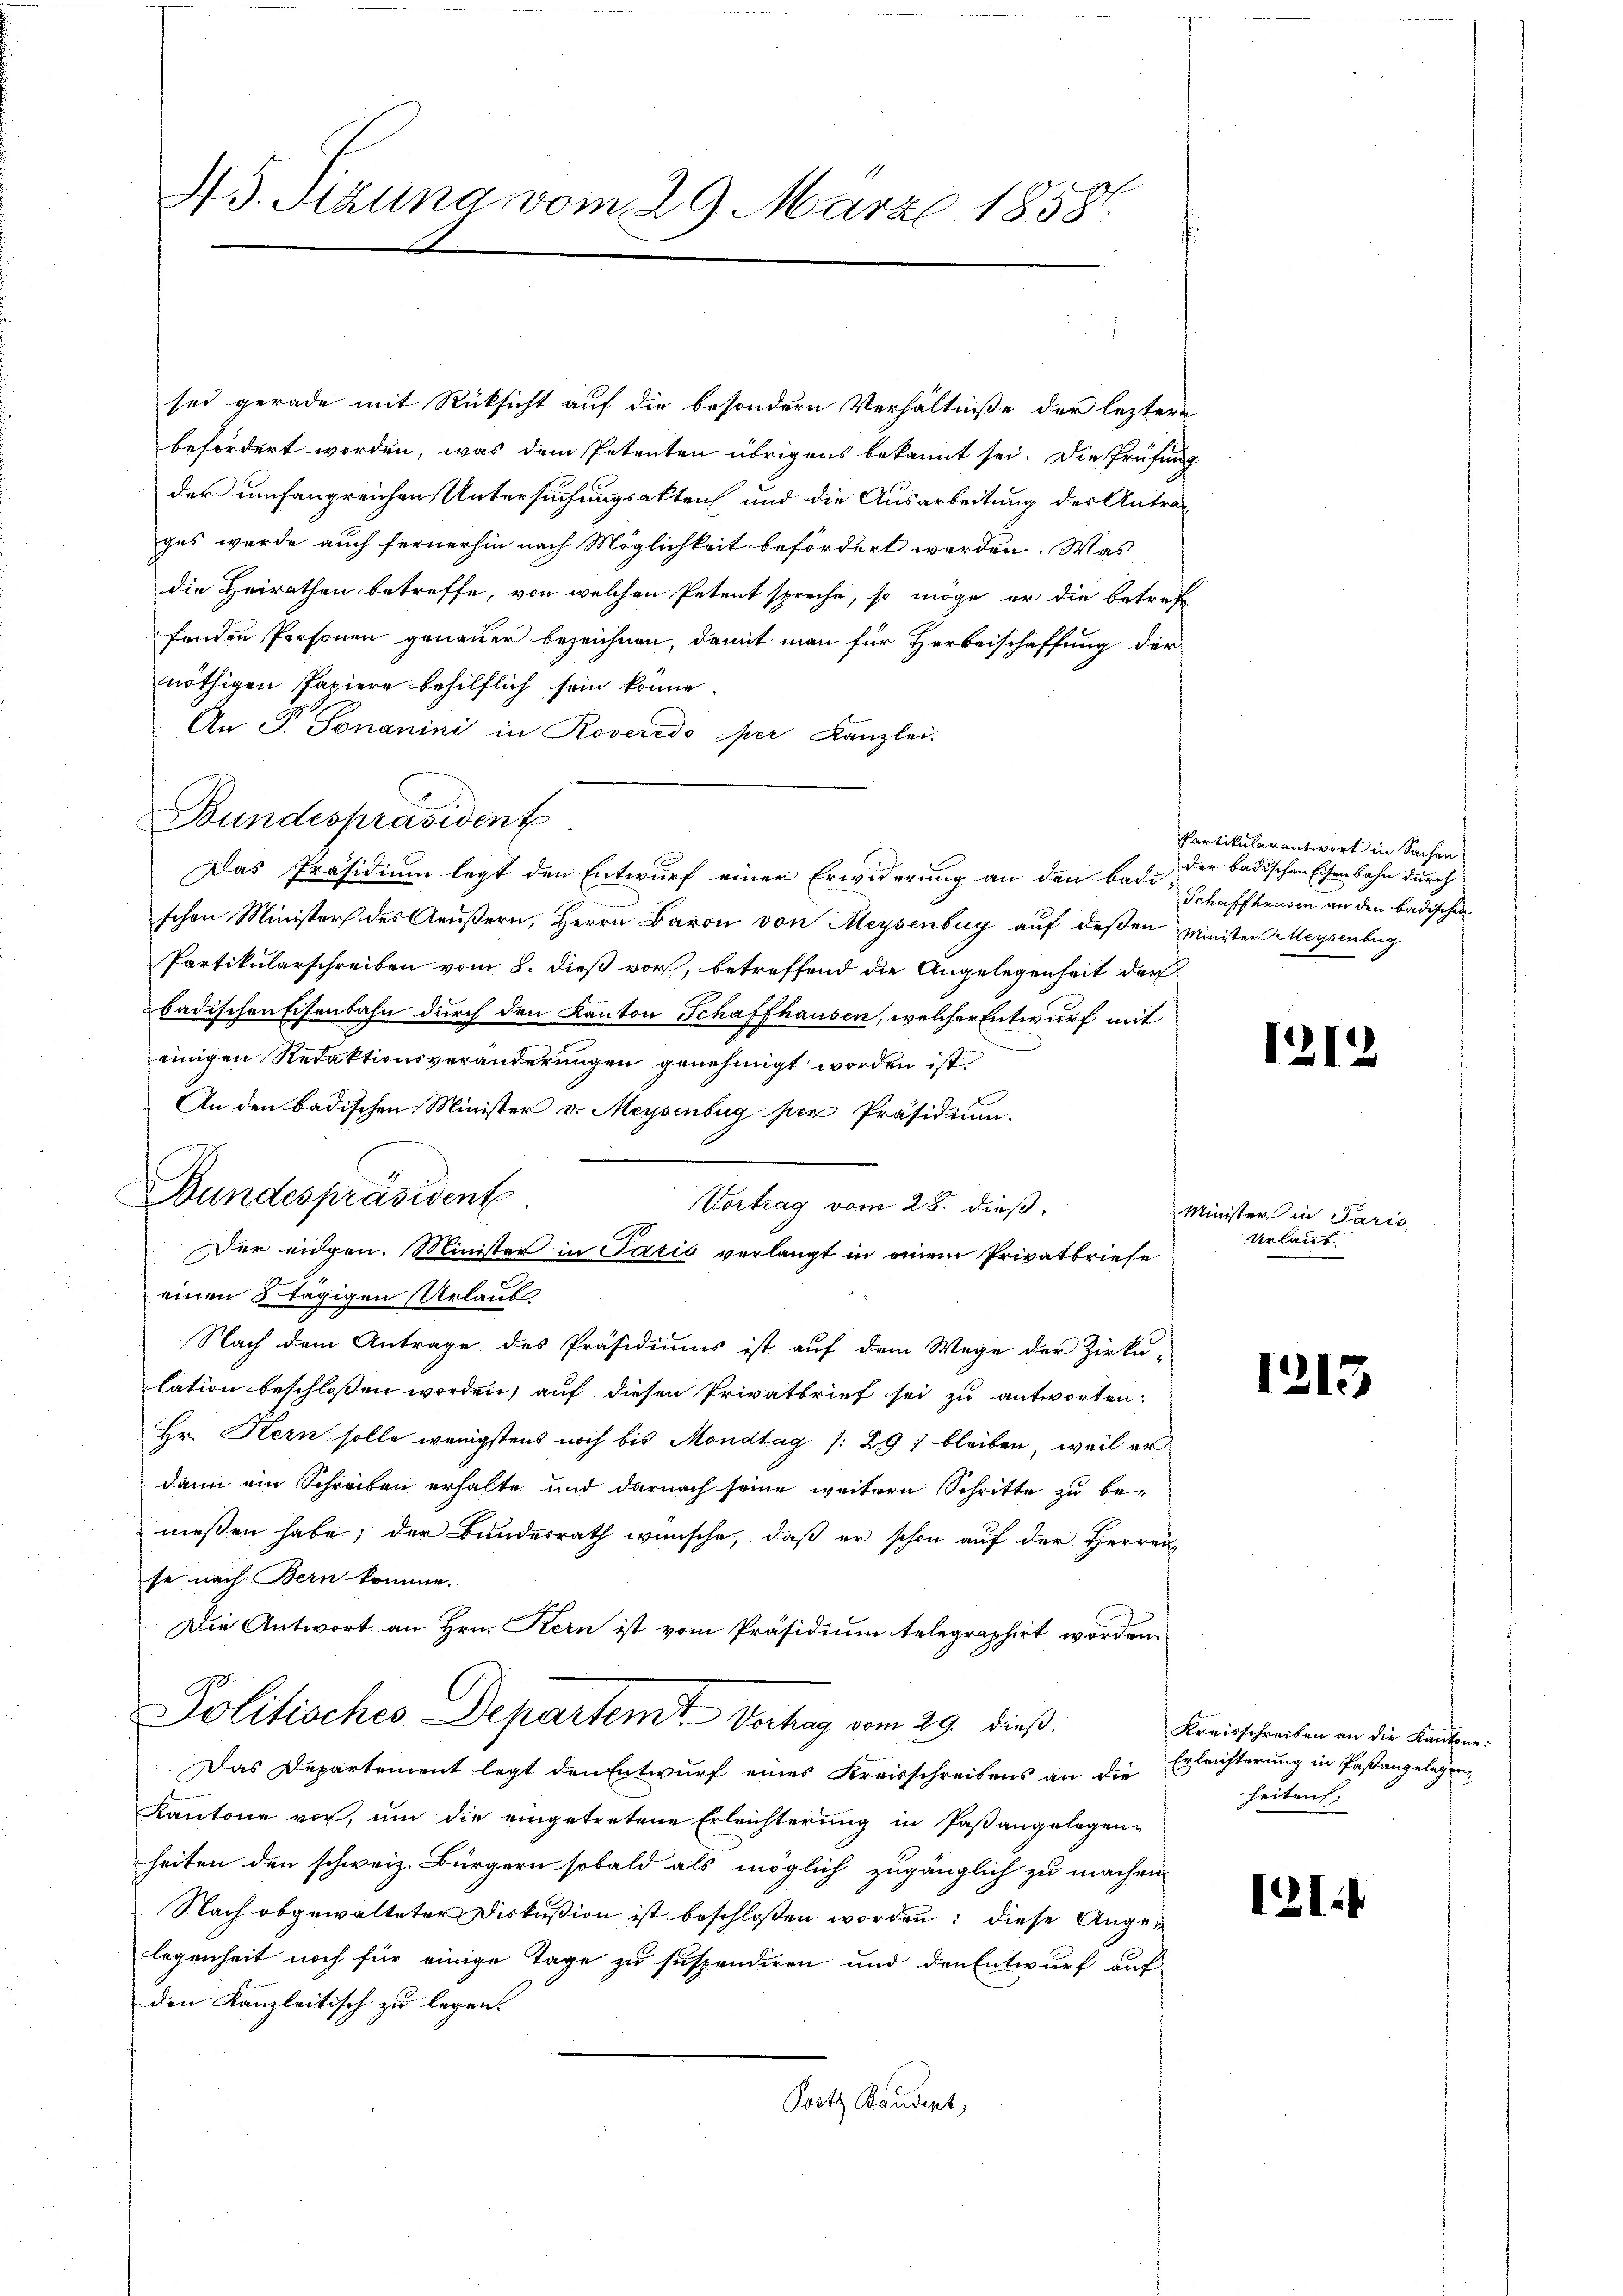
45. Sizung vom 29. März 18581.

sei gerade mit Rücksicht auf die besondern Verhältniße der leztere
befördert worden, was dem Petenten übrigens bekannt sei. Die Prüfung
der umfangreichen Untersuchungsakten und die Ausarbeitung des Antrag
ges wurde auch fernerhin nach Möglichkeit befördert werden. Was
die Heirathen betreffe, von welchen Petent spreche, so möge er die betreffenden Personen genauer bezeichnen, damit man für Herbeischaffung der
nöthigen Papiere behilflich sein könne
An P. Tonanini in Roveredo per Kanzlei.
Bundespräsident
schen Minister des Aeußern, Herrn Baron von Meysenburg auf deßen Minister Meysenburg
Partikularschreiben vom 8. dieß vor, betreffend die Angelegenheit der
badischen Eisenbahn durch den Kanton Schaffhausen, welcher Entwurf mit
einigen Redaktionsveränderungen genehmigt worden ist.
An den badischen Minister v. Meysenburg per Präsidium.
Vortrag vom 28. dieß,
einen 8 tägigen Urlaub
Nach dem Antrage des Präsidiums ist auf dem Wege der Zirku-
lation beschlossen worden, auf diesen Privatbrief sei zu antworten:
Hr. Kern solle wenigstens noch bis Mondtag /: 291 bleiben, weil er
dann ein Schreiben erhalte und darnach seine weitere Schritte zu bemessen habe; der Bundesrath wünsche, daß er schon auf der Herrei-
se nach Bern komme.
Die Antwort an Hrn. Kern ist vom Präsidium telegraphirt worden.
Politisches Departem Vertrag vom 29. dieß.
Das Departement legt den Entwurf eines Kreisschreibens an die
Kantone vor, um die eingetretene Erleichterung in Paßangelegen-
heiten den schweiz. Bürgern sobald als möglich zugänglich zu machen.
Nach abgewalteter Diskußion ist beschloßen worden: diese Angelegenheit noch für einige Tage zu suspendiren und den Entwurf auf-
den Kanzleitisch zu legen.
Ports Baudert,

Bundespräsident

Das Präsidium legt den Entwurf einer Erwiderung an den badi der badischen Eisenbahn durch

Der eidgen. Minister in Paris verlangt in einem Privatbriefe

Partikularantwort in Sachen
Schaffhausen an den badischen

121.

Minister in Paris
Urlaub

1215

Kreisschreiben an die Kantone:
Erleichterung in Pastangelegen
heiten,

121.